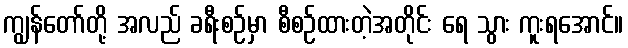
ကျွန်တော်တို့ အလည် ခရီးစဉ်မှာ စီစဉ်ထားတဲ့အတိုင်း ရေ သွား ကူးရအောင်။